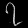
Digit: ၇